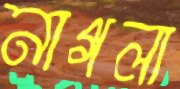
নাগলা